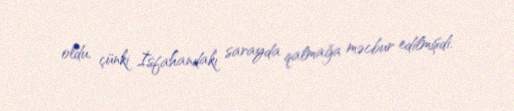
oldu, çünki İsfahandakı sarayda qalmağa məcbur edilmişdi.